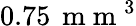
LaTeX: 0.75\, \mathrm{~m~m~}^{3}